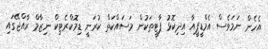
އެހެން ނަމަވެސް އެމްޑީޕީއާ އިދިކޮޅު ޕާޓީތަކުން މަސައްކަތް ކުރަނީ ޑިމޮކްރެޓިކް ނިޒާމް ރާއްޖޭގައި